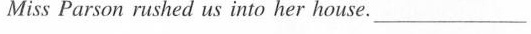
Miss Parson rushed us into her house. _